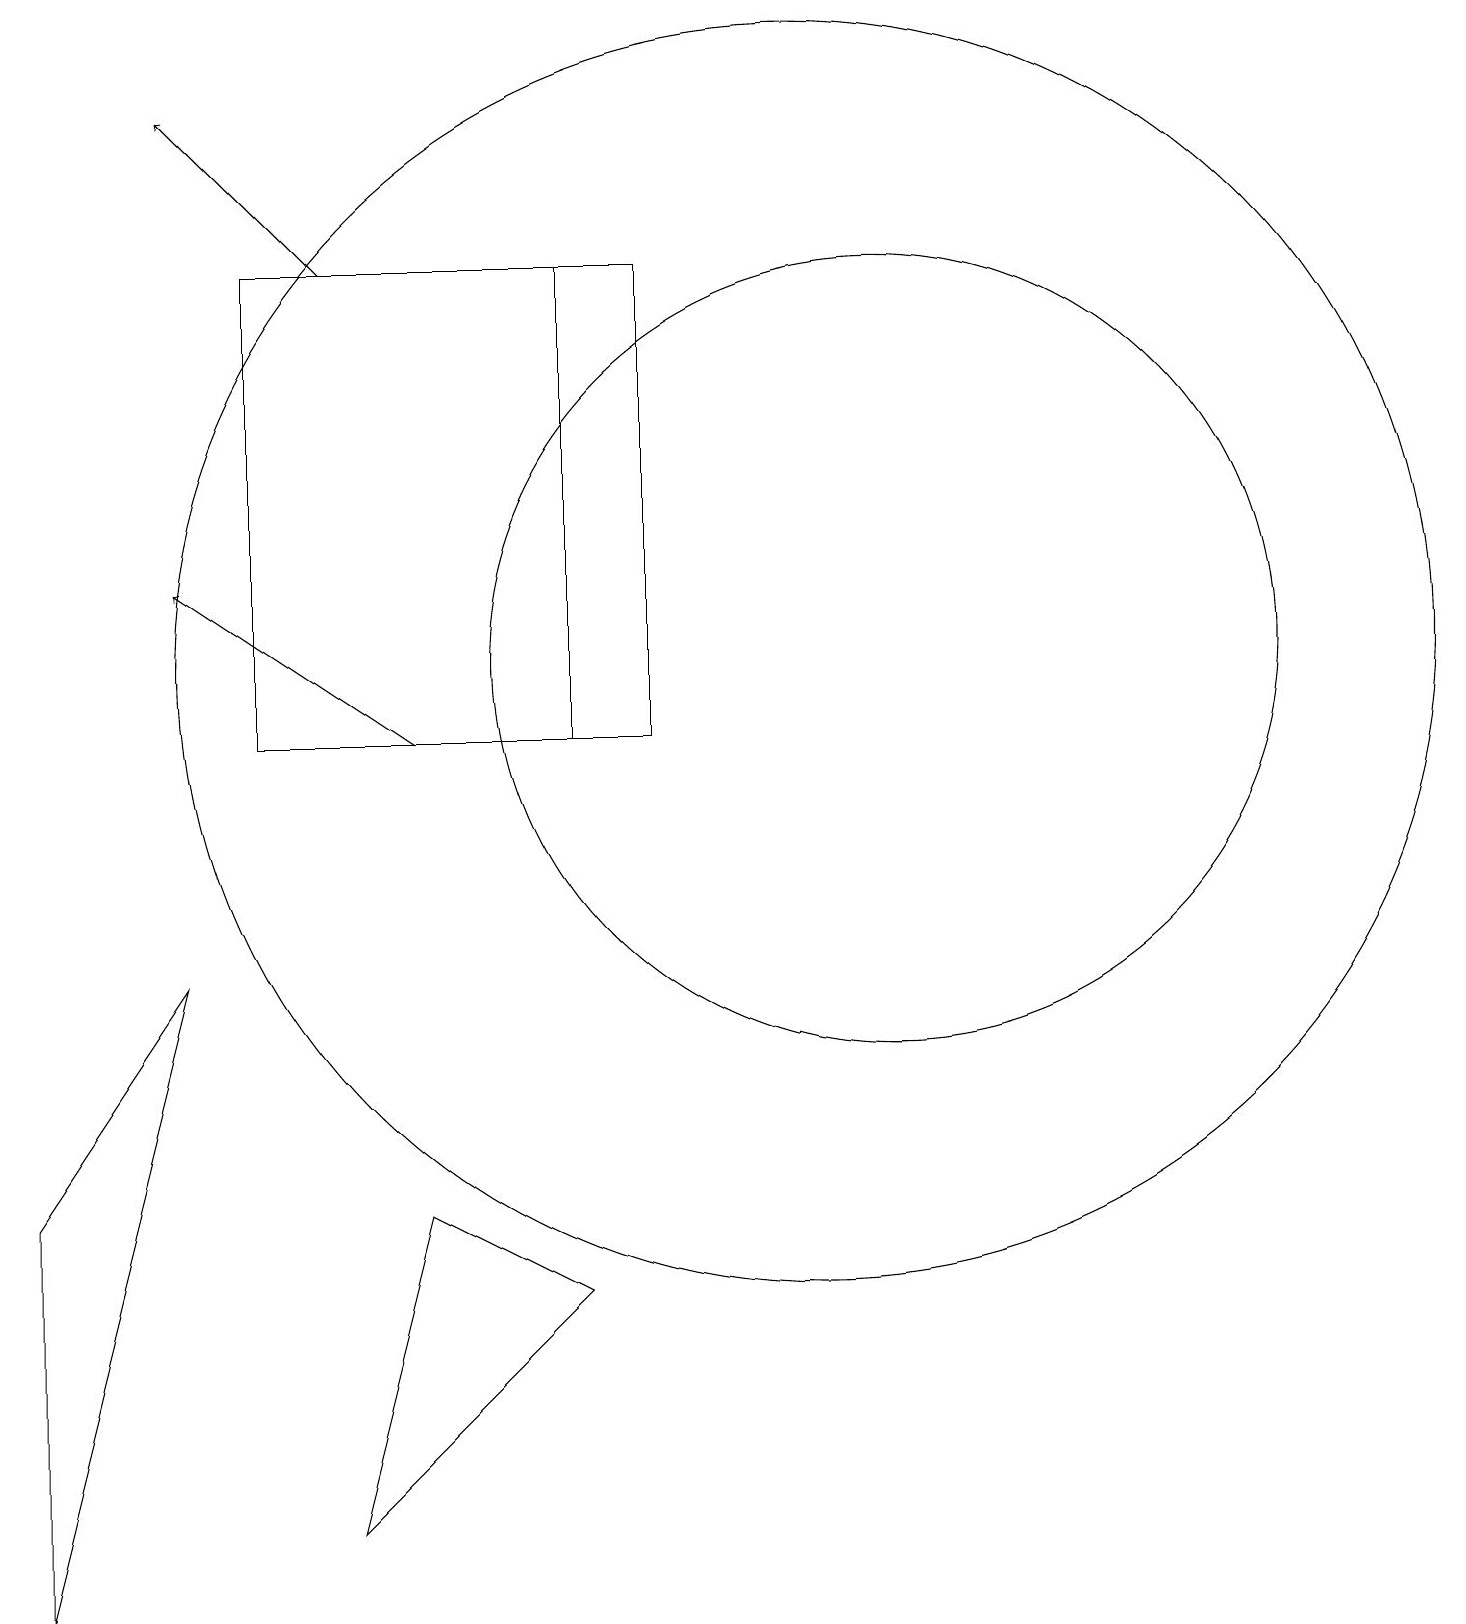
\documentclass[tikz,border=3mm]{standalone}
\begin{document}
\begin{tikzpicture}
\draw (5,5) -- (7,4) -- (4,1) -- cycle;
\draw (10,12) circle (8);
\draw (3,11) rectangle (7,17);
\draw[->] (5,11) -- (2,13);
\draw (0,5) -- (2,8) -- (0,0) -- cycle;
\draw (7,17) rectangle (8,11);
\draw[->] (4,17) -- (2,19);
\draw (11,12) circle (5);
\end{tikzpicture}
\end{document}